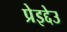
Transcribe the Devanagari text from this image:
प्रेइद्देउ